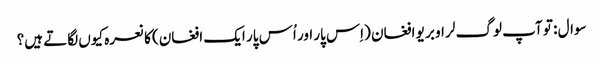
سوال : تو آپ لوگ لر او بر یو افغان (اِس پار اور اُس پار ایک افغان) کا نعرہ کیوں لگاتے ہیں؟